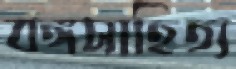
বঙ্গসাহিত্য